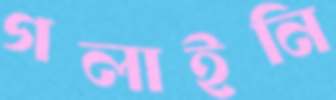
গলাইনি